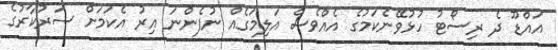
އައްޑޫ ދެ ރިސޯޓު ހުޅުވޭނެކަމުގެ އެއްވެސް އަލިމަގެއް ނުފެންނަ އިރު އެކަމަށް ސަރުކާރުގެ